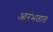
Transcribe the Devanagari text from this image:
आरंभतात